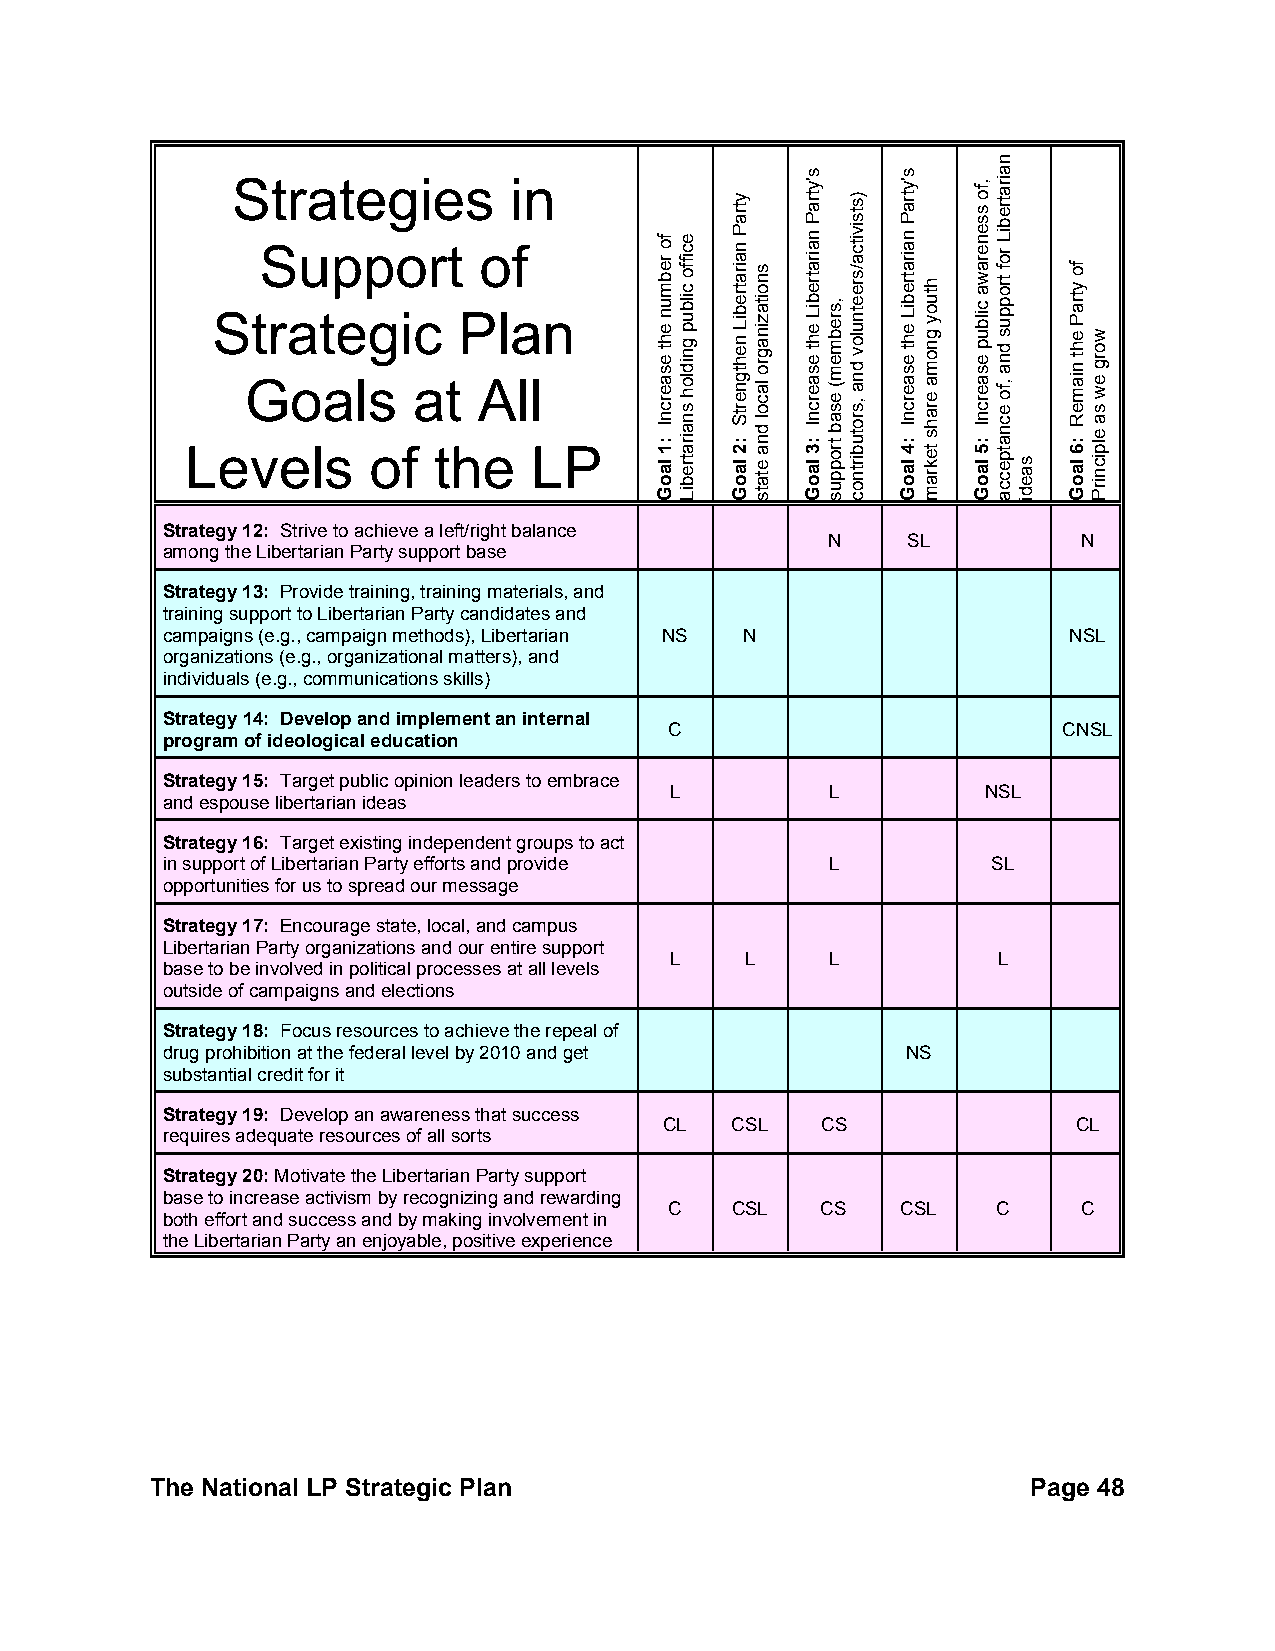
Strategies         in
 Support        of
 Strategic       Plan
 Goals      at   All
 Levels      of   the   LP
 Strategy 12: Strive to achieve a left/right balance
 N    SL          N
 among the Libertarian Party support base
 Strategy 13: Provide training, training materials, and
 training support to Libertarian Party candidates and
 campaigns (e.g., campaign methods), Libertarian NS N        NSL
 organizations (e.g., organizational matters), and
 individuals (e.g., communications skills)
 Strategy 14: Develop and implement an internal
 C                         CNSL
 program of ideological education
 Strategy 15: Target public opinion leaders to embrace
 L          L         NSL
 and espouse libertarian ideas
 Strategy 16: Target existing independent groups to act
 in support of Libertarian Party efforts and provide L  SL
 opportunities for us to spread our message
 Strategy 17: Encourage state, local, and campus
 Libertarian Party organizations and our entire support
 L    L     L          L
 base to be involved in political processes at all levels
 outside of campaigns and elections
 Strategy 18: Focus resources to achieve the repeal of
 drug prohibition at the federal level by 2010 and get NS
 substantial credit for it
 Strategy 19: Develop an awareness that success
 CL  CSL   CS               CL
 requires adequate resources of all sorts
 Strategy 20: Motivate the Libertarian Party support
 base to increase activism by recognizing and rewarding
 C   CSL   CS    CSL   C     C
 both effort and success and by making involvement in
 the Libertarian Party an enjoyable, positive experience
 The National LP Strategic Plan                            Page 48
 fo
 rebmun
 eht
 esaercnI
 :1
 laoG
 eciffo
 cilbup
 gnidloh
 snairatrebiL
 ytraP
 nairatrebiL
 nehtgnertS
 :2
 laoG
 snoitazinagro
 lacol
 dna
 etats
 s'ytraP
 nairatrebiL
 eht
 esaercnI
 :3
 laoG
 ,srebmem(
 esab
 troppus
 )stsivitca/sreetnulov
 dna
 ,srotubirtnoc
 s'ytraP
 nairatrebiL
 eht
 esaercnI
 :4
 laoG
 htuoy
 gnoma
 erahs
 tekram
 ,fo
 ssenerawa
 cilbup
 esaercnI
 :5
 laoG
 nairatrebiL
 rof
 troppus
 dna
 ,fo
 ecnatpecca
 saedi
 fo
 ytraP
 eht
 niameR
 :6
 laoG
 worg
 ew
 sa
 elpicnirP